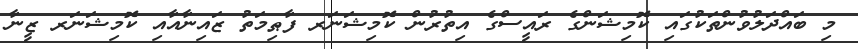
މި ބައްދަލުވުންތަކުގައި ކޮމިޝަންގެ ރައީސްގެ އިތުރުން ކޮމިޝަނަރ ފާޠިމަތު ޒައިނާއާއި ކޮމިޝަނަރ ޒީނާ